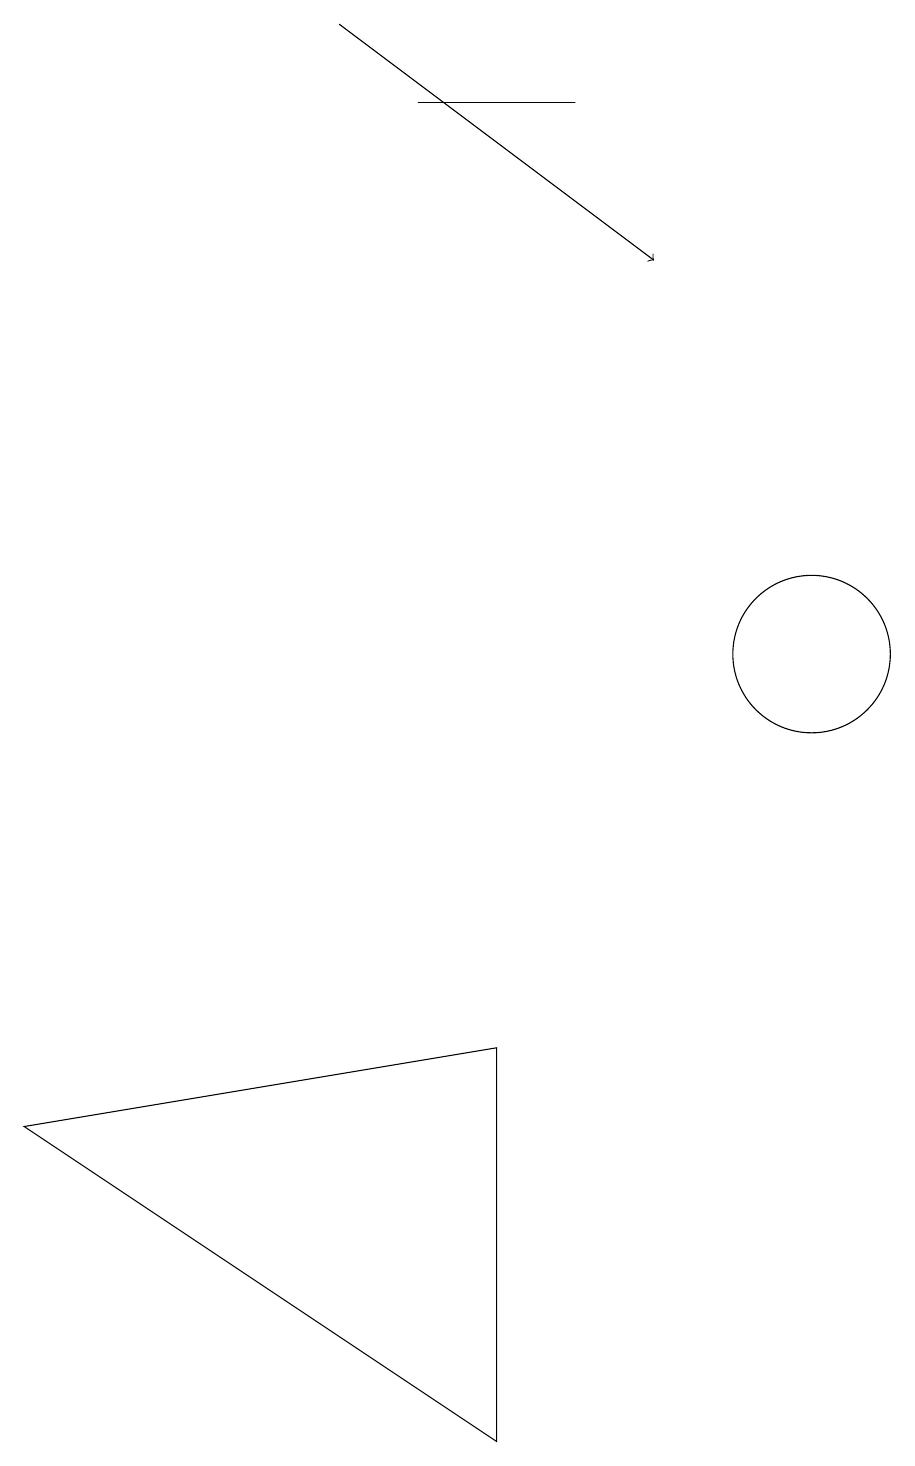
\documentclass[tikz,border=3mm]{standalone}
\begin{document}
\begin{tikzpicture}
\draw[->] (4,18) -- (8,15);
\draw (10,10) circle (1);
\draw (7,17) rectangle (5,17);
\draw (6,5) -- (0,4) -- (6,0) -- cycle;
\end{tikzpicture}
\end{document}